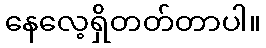
နေလေ့ရှိတတ်တာပါ။